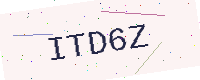
Text: ITD6Z